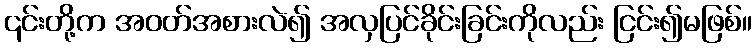
၎င်းတို့က အဝတ်အစားလဲ၍ အလှပြင်ခိုင်းခြင်းကိုလည်း ငြင်း၍မဖြစ်။